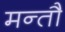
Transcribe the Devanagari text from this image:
मन्तौ